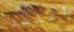
أعتقد